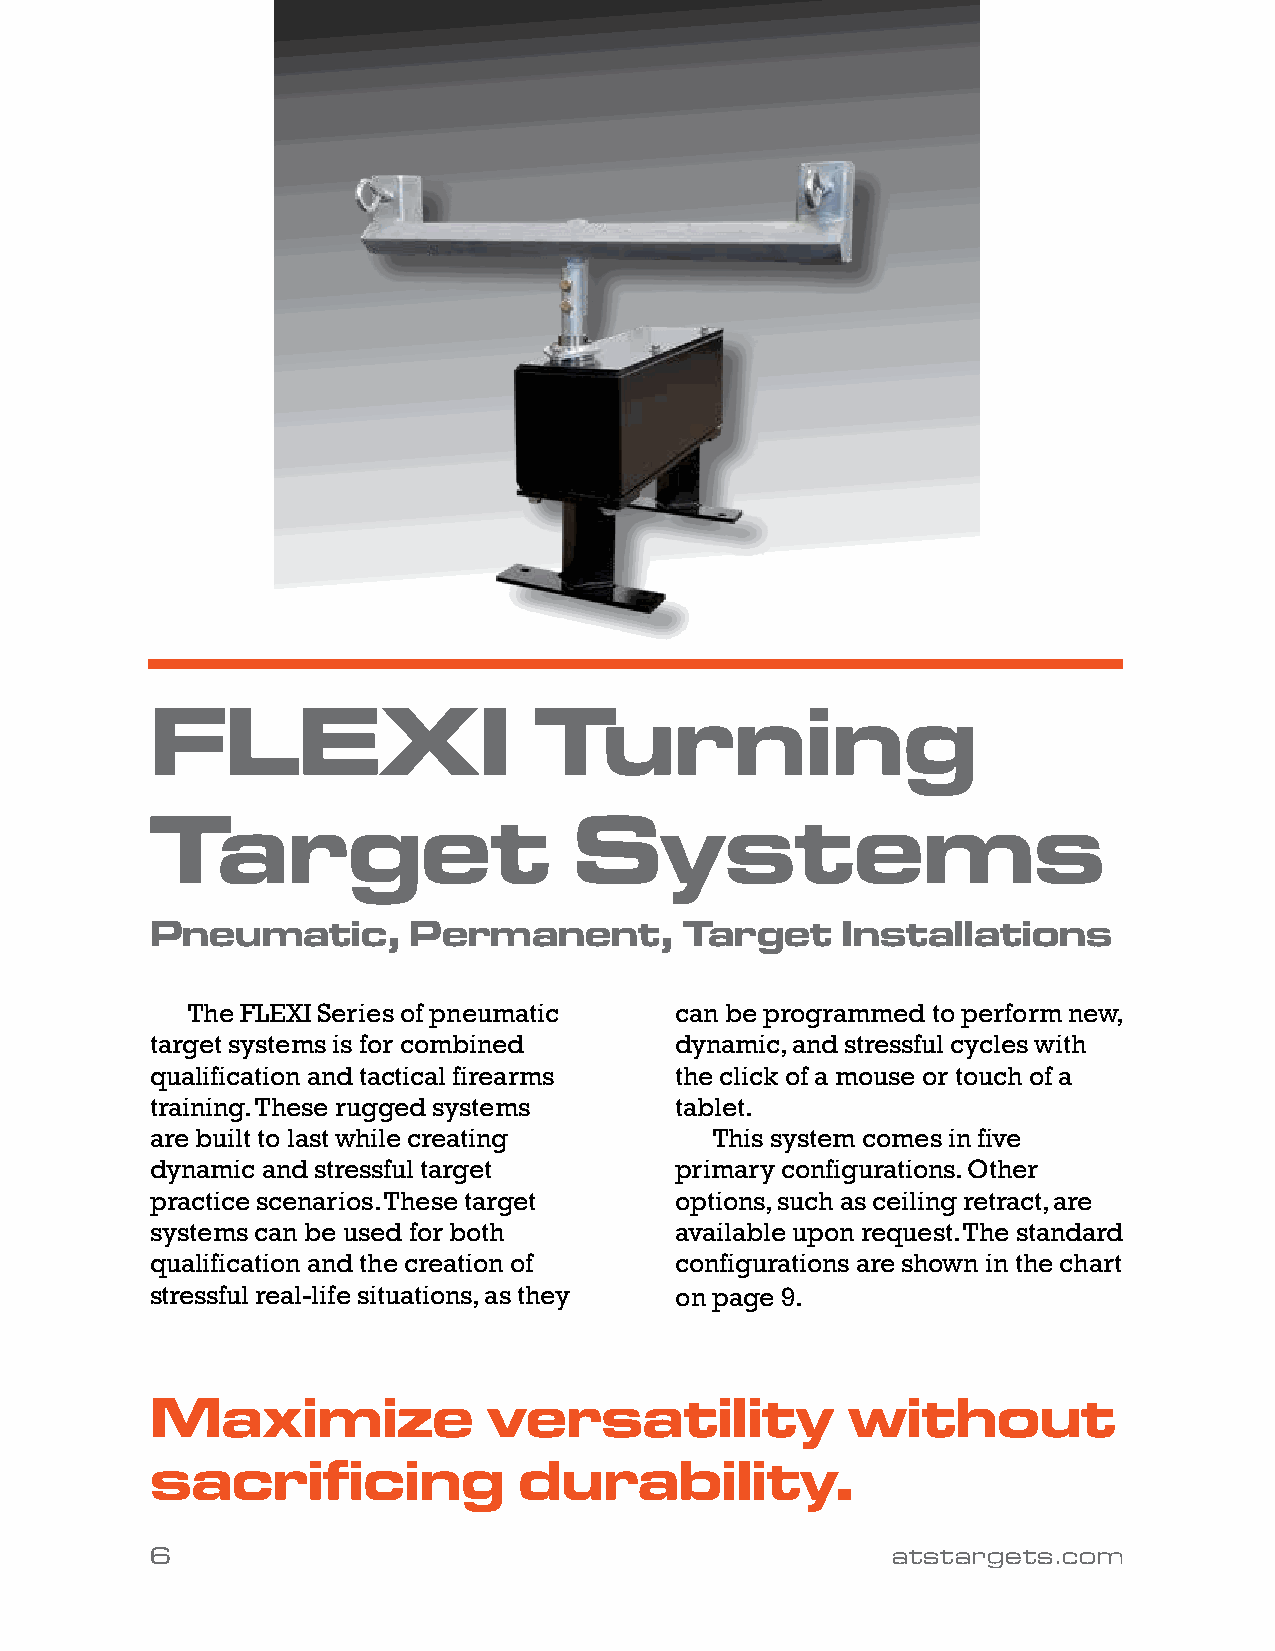
FLEXI                    Turning
 Target                      Systems
 Pneumatic,       Permanent,        Target     Installations
 The FLEXI Series of pneumatic    can be programmed to perform new,
 target systems is for combined     dynamic, and stressful cycles with
 qualification and tactical firearms the click of a mouse or touch of a
 training. These rugged systems     tablet.
 are built to last while creating     This system comes in five
 dynamic and stressful target       primary configurations. Other
 practice scenarios. These target   options, such as ceiling retract, are
 systems can be used for both       available upon request. The standard
 qualification and the creation of  configurations are shown in the chart
 stressful real-life situations, as they on page 9.
 Maximize              versatility             without
 sacrificing             durability.
 6                                                atstargets.com